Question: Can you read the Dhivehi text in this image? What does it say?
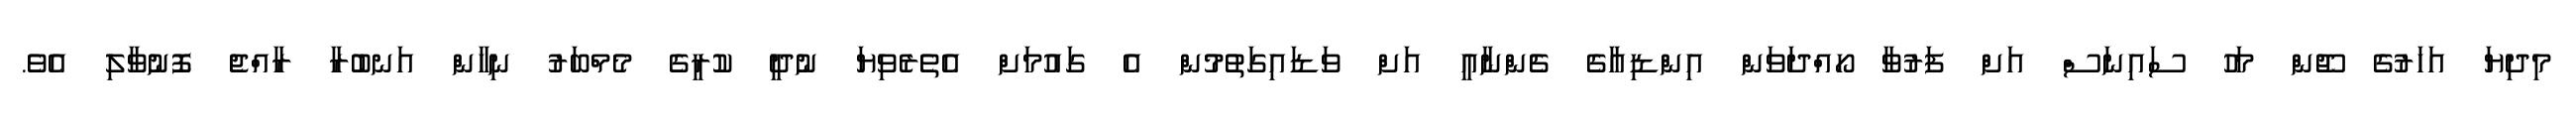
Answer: މިދިޔަ އަހަރުގެ ޖޫން މަހު ސައިނަސް އަށް ފަރުވާ ހޯއްދަވަން އިންޑިއާގެ ޗެންނާއީ އަށް ވަޑައިގަތުމުން އެ ގައުމަށް އެތެރެވިޔަ ނުދީ ކުރީގެ މެމްބަރު ނިހާން އަނބުރާ ރާއްޖެ ފޮނުވާލި އެވެ.